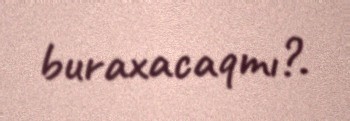
buraxacaqmı?.